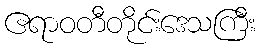
ဧရာဝတီတိုင်းဒေသကြီး